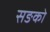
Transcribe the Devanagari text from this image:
सङको